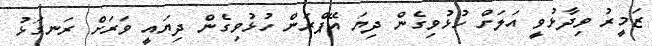
ޒަމީރު ވިދާޅުވީ އަލަށް ހުޅުވިގެން ދިޔަ އޭޕްރަން ހުޅުވިގެން ދިޔައީ ވަރަށް ރަނގަޅު